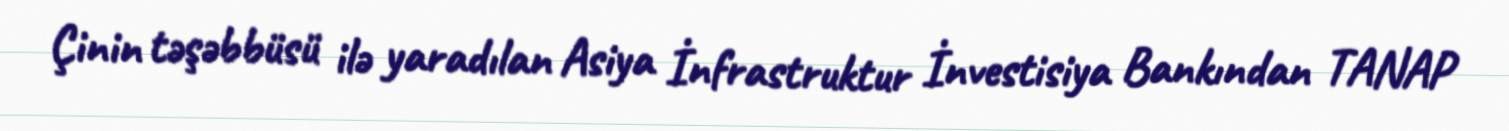
Çinin təşəbbüsü ilə yaradılan Asiya İnfrastruktur İnvestisiya Bankından TANAP